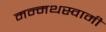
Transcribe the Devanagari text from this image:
मन्मथस्वामी